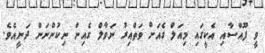
ވީ ފޫއްސާއި އެކީގައި މިއަލް ގެއަށް ވަތްއިރު ނަވާލް ގެއިން ނިކުންނަން ދަނީއެވެ.